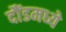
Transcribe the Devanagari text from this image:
दौंडमध्ये